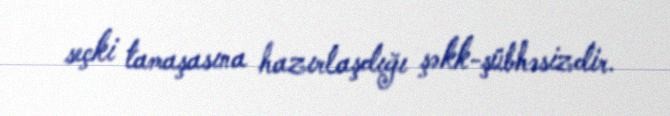
seçki tamaşasına hazırlaşdığı şəkk-şübhəsizdir.